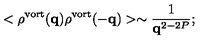
< \rho ^ { \mathrm { v o r t } } ( { \bf q } ) \rho ^ { \mathrm { v o r t } } ( { \bf - q } ) > \sim \frac { 1 } { { \bf q } ^ { 2 - 2 P } } ;